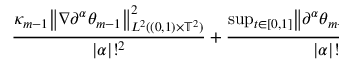
\begin{array} { r l } { \lefteqn { \frac { \kappa _ { m - 1 } \bigl \| \nabla \partial ^ { \boldsymbol { \alpha } } \theta _ { m - 1 } \bigr \| _ { L ^ { 2 } ( ( 0 , 1 ) \times \ensuremath { \mathbb { T } } ^ { 2 } ) } ^ { 2 } } { | { \boldsymbol { \alpha } } | ! ^ { 2 } } + \frac { \operatorname* { s u p } _ { t \in [ 0 , 1 ] } \bigl \| \partial ^ { \boldsymbol { \alpha } } \theta _ { m - 1 } ( t , \cdot ) \bigr \| _ { L ^ { 2 } ( \ensuremath { \mathbb { T } } ^ { 2 } ) } ^ { 2 } } { | { \boldsymbol { \alpha } } | ! ^ { 2 } } - \frac { \| \theta _ { 0 } \| _ { L ^ { 2 } ( \ensuremath { \mathbb { T } } ^ { 2 } ) } ^ { 2 } } { R _ { \theta _ { 0 } } ^ { 2 n } } } \qquad } & { { } } \end{array}